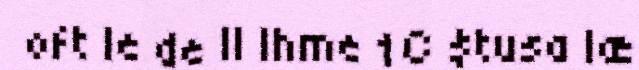
oft le de II Ihme 1C $tusa læ